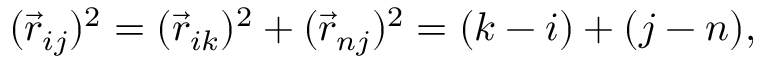
( \vec { r } _ { i j } ) ^ { 2 } = ( \vec { r } _ { i k } ) ^ { 2 } + ( \vec { r } _ { n j } ) ^ { 2 } = ( k - i ) + ( j - n ) ,